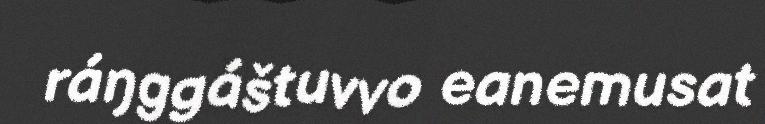
ráŋggáštuvvo eanemusat